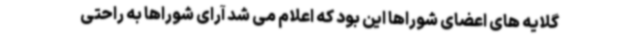
گلایه های اعضای شوراها این بود که اعلام می شد آرای شوراها به راحتی